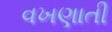
વખણાતી